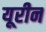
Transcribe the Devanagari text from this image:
यूरीन